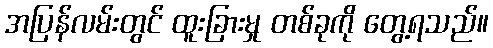
အပြန်လမ်းတွင် ထူးခြားမှု တစ်ခုကို တွေ့ရသည်။